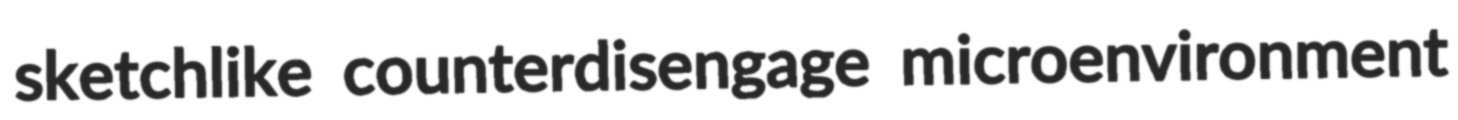
sketchlike counterdisengage microenvironment